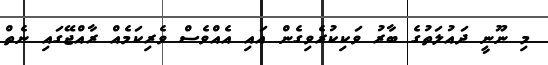
މި ނޫނީ ދައުލަތުގެ ބާރު ވަކިކުރެވިގެން އައި އެއްވެސް ވެރިކަމެއް ރާއްޖޭގައި ނެތް